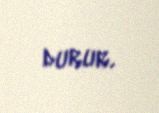
durur.